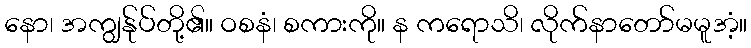
နော၊ အကျွန်ုပ်တို့၏။ ဝစနံ၊ စကားကို။ န ကရောသိ၊ လိုက်နာတော်မမူအံ့။